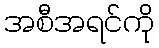
အစီအရင်ကို